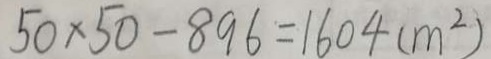
5 0 \times 5 0 - 8 9 6 = 1 6 0 4 ( m ^ { 2 } )